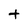
Character: t